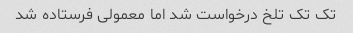
تک تک تلخ درخواست شد اما معمولی فرستاده شد